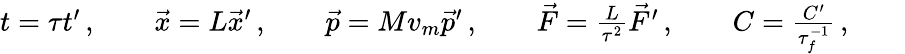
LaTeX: \begin{array}{r}{t=\tau t^{\prime}\, ,\qquad\vec{x}=L\vec{x}^{\prime}\, ,\qquad\vec{p}=Mv_{m}\vec{p}^{\prime}\, ,\qquad\vec{F}=\frac{L}{\tau^{2}}\vec{F}^{\prime}\, ,\qquad C=\frac{C^{\prime}}{\tau_{f}^{-1}}\, ,\qquad}\end{array}